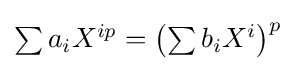
\textstyle \sum a_{i}X^{ip}=\left(\sum b_{i}X^{i}\right)^{p}